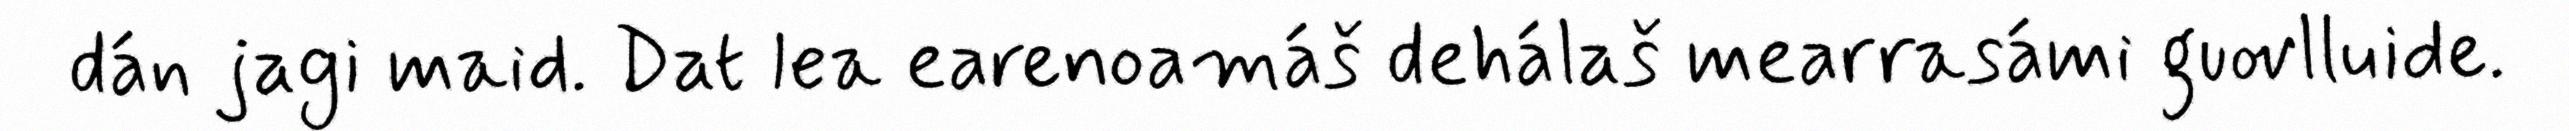
dán jagi maid. Dat lea earenoamáš dehálaš mearrasámi guovlluide.